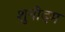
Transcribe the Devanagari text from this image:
शुनीदम